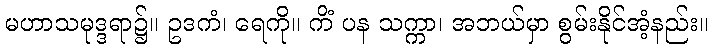
မဟာသမုဒ္ဒရာ၌။ ဥဒကံ၊ ရေကို။ ကိံ ပန သက္ကာ၊ အဘယ်မှာ စွမ်းနိုင်အံ့နည်း။